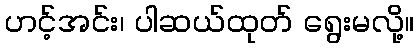
ဟင့်အင်း၊ ပါဆယ်ထုတ် ရွေးမလို့။